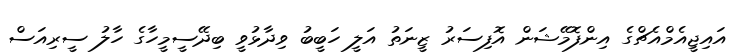
އައިޖީއެމްއެޗްގެ އިންފޮމޭޝަން އޮފިސަރު ޒީނަތު އަލީ ހަބީބު ވިދާޅުވީ ބިދޭސީމީހާގެ ހާލު ސީރިއަސް